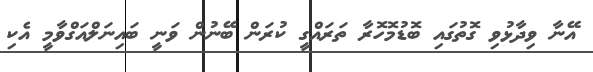
އޭނާ ވިދާޅުވި ގޮތުގައި ބޮޑުމޮހޮރާ ތަރައްގީ ކުރަން ބޭނުން ވަނީ ބައިނަލްއަގްވާމީ އެކި